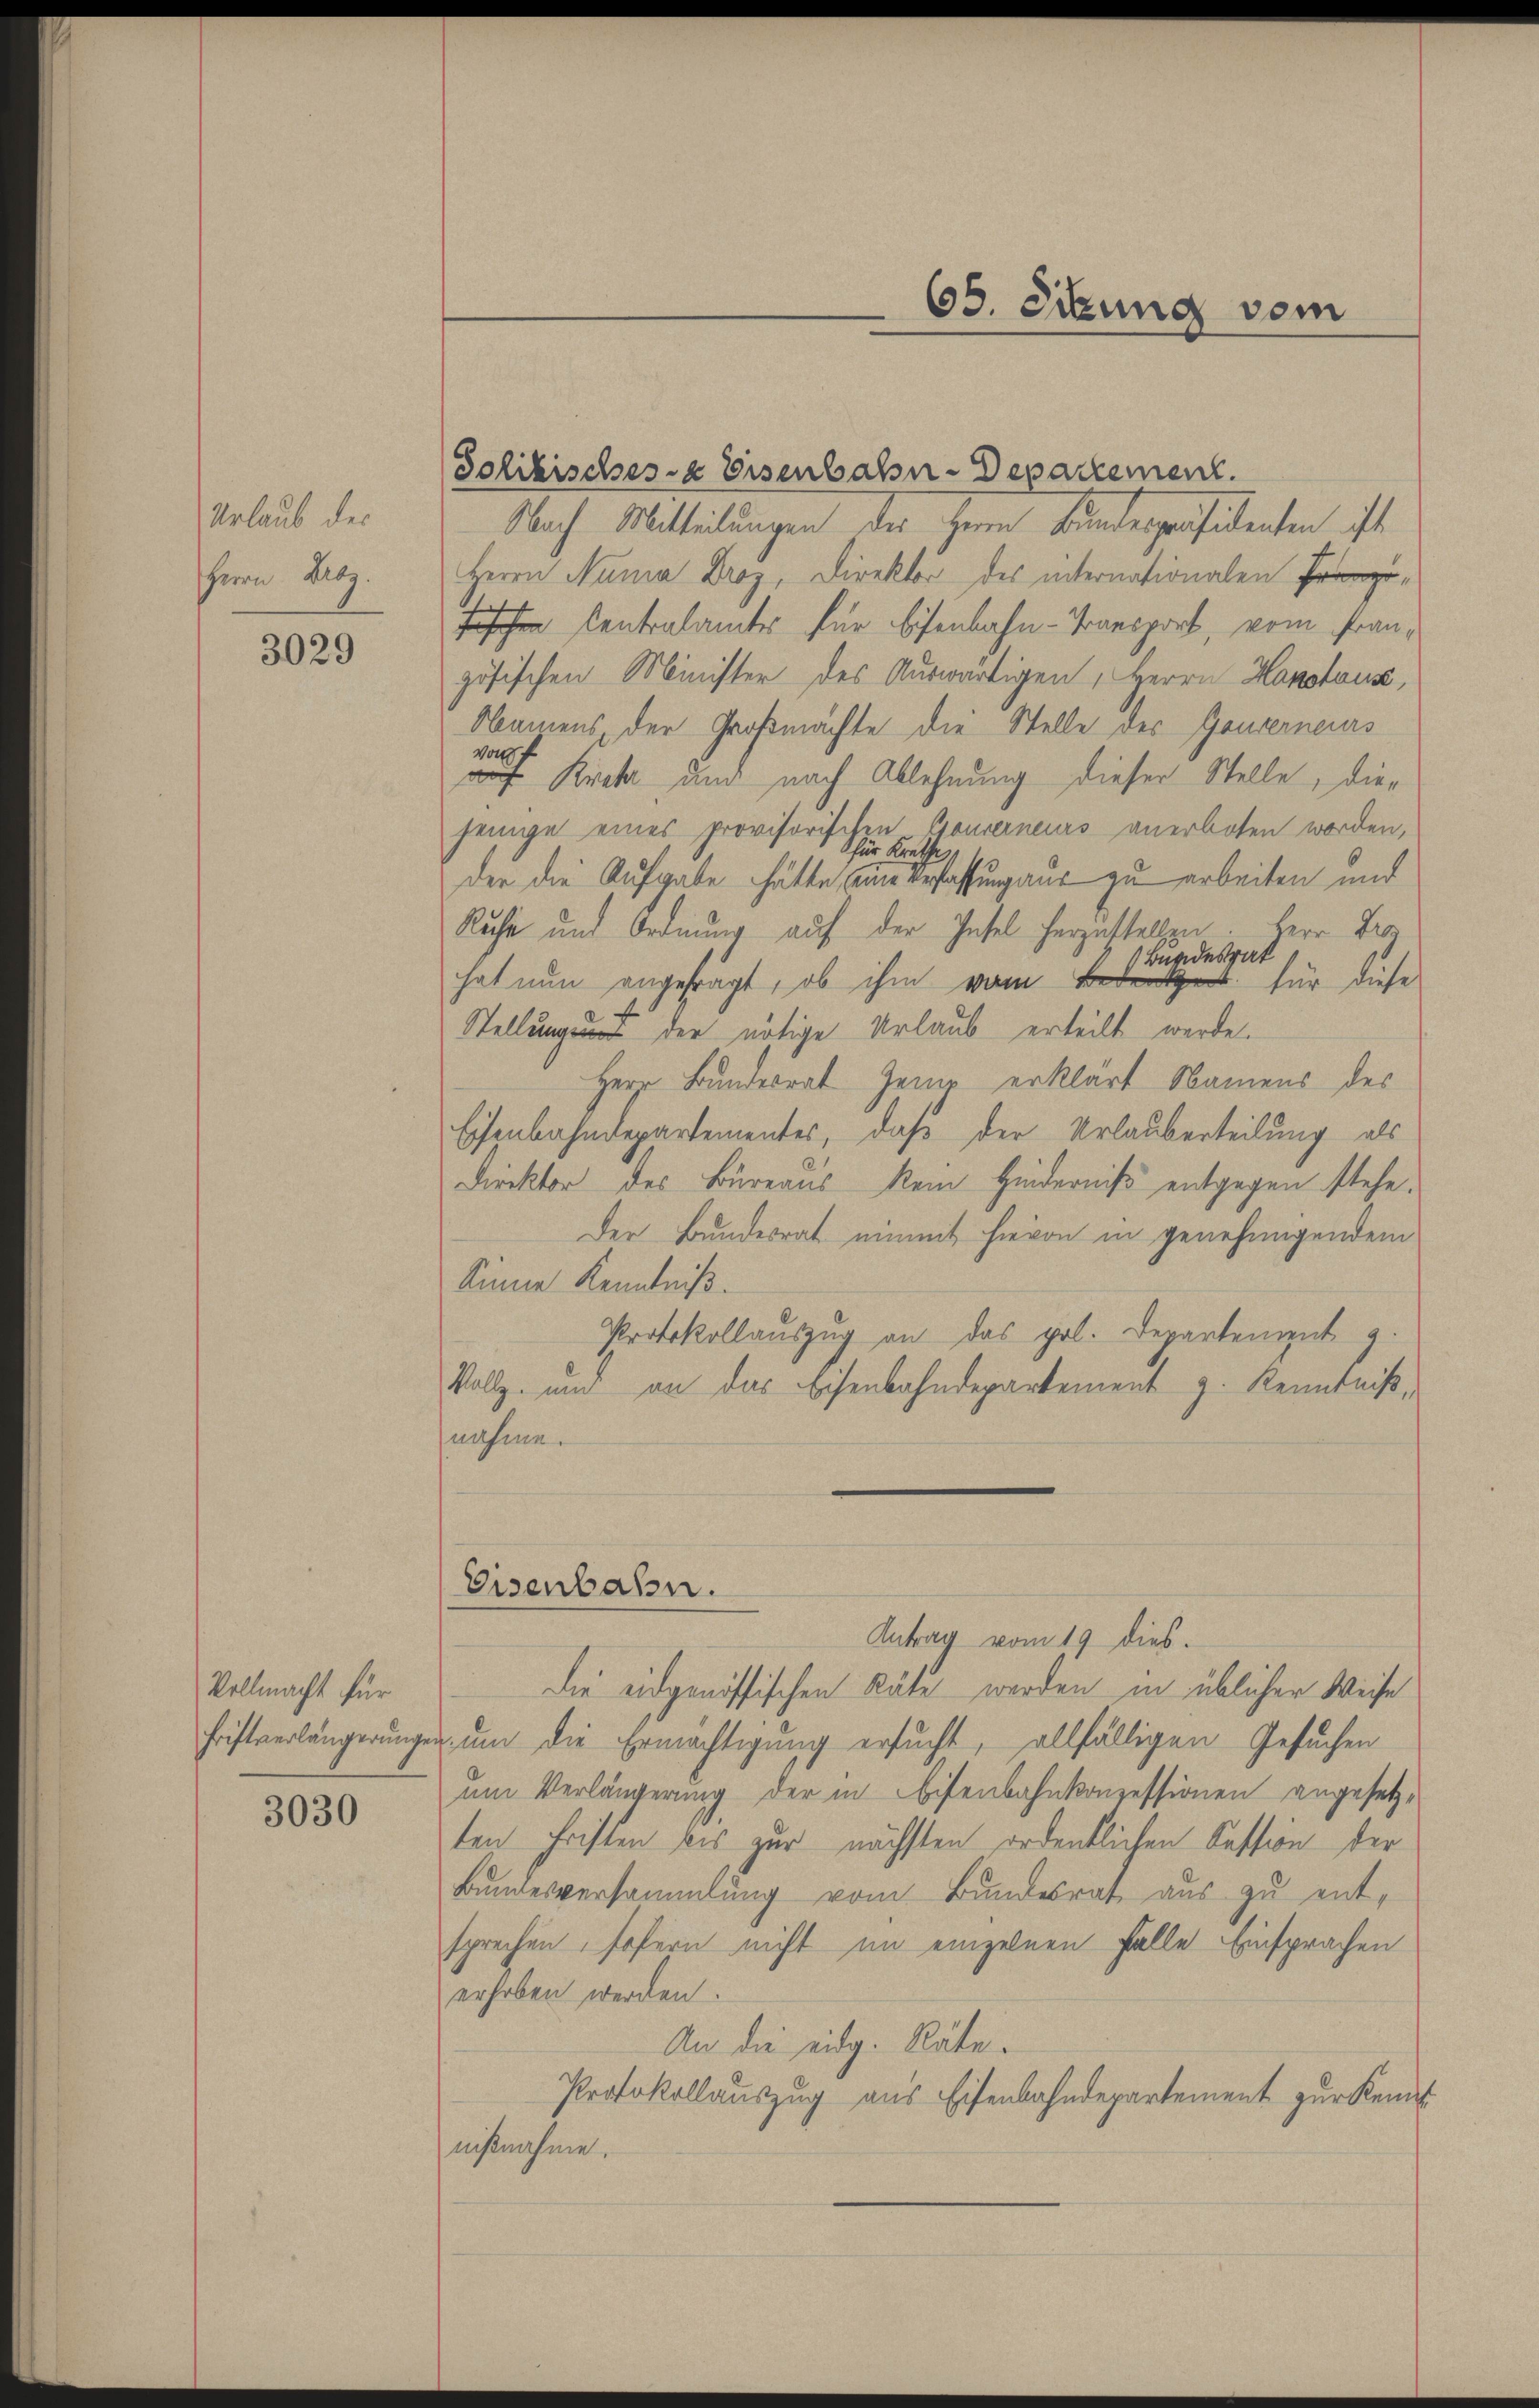
Urlaub des
Herrn Droz.

3029

Vollmacht für

3030

Jolikisches Eisenbahn-Departement.
Nach Mitteilungen des Herrn Bundespräsidenten ist
Herrn Numa Droz, Direktor des internationalen Pr
Fischen Centralamtes für Eisenbahn-Transport, vom französischen Minister des Auswärtigen, Herrn Hanotons,
Namens, der Großmächte die Stelle des Gouverneurs
vonf
auf Kreta und nach Ablehnung dieser Stelle, diejenige eines provisorischen Gouverneurs anerboten worden,
der die Aufgabe hätte, wie erfassung aus zu arbeiten und
Ruche und Ordnung auf der Insel herzustellen. Herr Dres
Bundesrat
hat nun angefragt, ob ihm vom für diese
Stellung uns der nötige Urlaub erteilt werde.
Herr Bundesrat Zeug erklärt Namens des
Eisenbahndepartementes, daß der Urlauberteilung als
Direktor des Büreaus kein Hinderniß entgegen stehe.
Der Bundesrat unmit hievon in genehmigendem
Sinne Kenntniß.
Protokollauszug an das pol. Departement 9.
Vollz- und an das Eisenbahndepartement z. Kenntniß,
nahme.
Eisenbahn.
Antrag vom 19. dies.
die eidgenössischen Räte werden in üblicher Weise
hriftverlängerungen, um die Ermächtigung ersucht, allfälligen Gesuchen
um Verlängerung der in Eisenbahnkonzessionen angesetzten Fristen bis zur nächsten ordentlichen Cession der
Bundesversammlung vom Bundesrat aus zu ent-
sprechen sofern nicht im einzelnen Falle Einsprachen
erhoben werden.
An die eidg. Räte.
Protokollauszug aus Eisenbahndepartement zur Kenn
nißnahme.

65. Sitzung vom